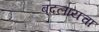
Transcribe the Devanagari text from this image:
बदलायचा